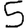
Digit: 5